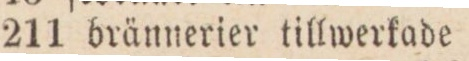
211 brännerier tillwerkade